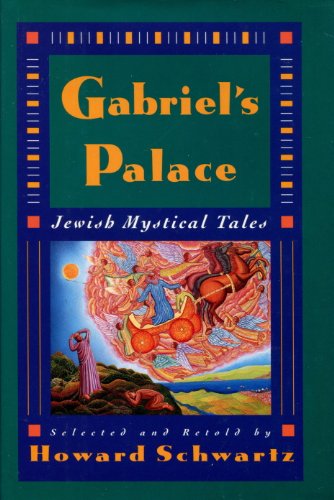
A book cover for Gabriel's Palace: Jewish Mystical Tales; Religion & Spirituality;